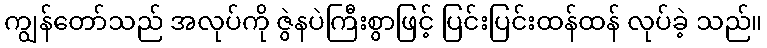
ကျွန်တော်သည် အလုပ်ကို ဇွဲနပဲကြီးစွာဖြင့် ပြင်းပြင်းထန်ထန် လုပ်ခဲ့ သည်။